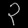
Digit: ၃